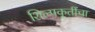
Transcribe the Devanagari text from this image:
शिल्पकृतींचा